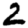
Digit: 2